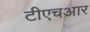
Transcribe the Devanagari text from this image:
टीएचआर